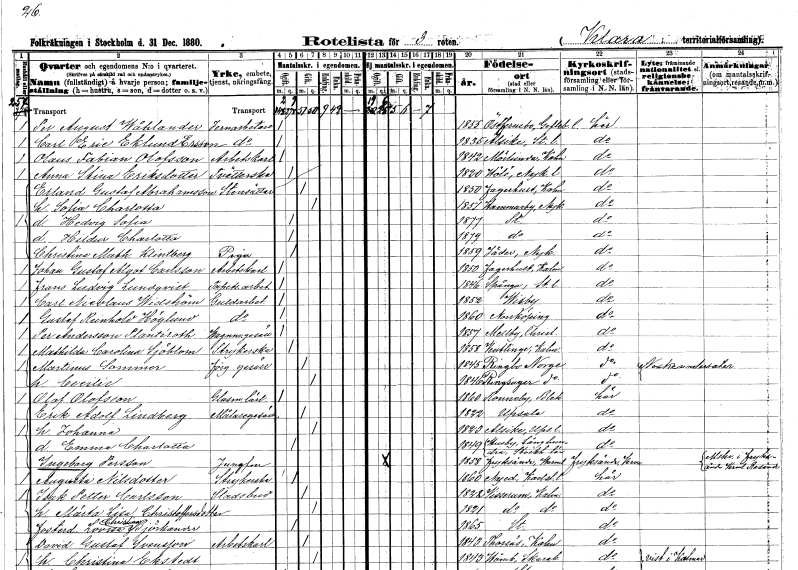
gt_parse: households: individuals: FN: Per August
EN: Wåhlander
YRKE: Järnarbetare
KON: M
CIV: O
FODAR: 1855
FODFORS: Österfärnebo Gävleborgs län
FN: Carl Eric
EN: Eklund Ersson
YRKE: Järnarbetare
KON: M
CIV: O
FODAR: 1835
FODFORS: Alsike Uppsala län
FN: Olaus Fabian
EN: Olofsson
YRKE: Arbetskarl
KON: M
CIV: O
FODAR: 1842
FODFORS: Mörlunda Kalmar län
FN: Anna Stina
EN: Eriksdotter
YRKE: Tvätterska
KON: K
CIV: O
FODAR: 1820
FODFORS: Hölö Stockholms län
FN: Erland Gustaf
EN: Abrahamsson
YRKE: Stensättare
KON: M
CIV: G
FODAR: 1850
FODFORS: Fagerhult Kalmar län
FN: Sofia Charlotta
KON: K
CIV: G
FODAR: 1851
FODFORS: Hammarby Södermanlands län
FN: Hedvig Sofia
KON: K
CIV: O
FODAR: 1877
FODFORS: Stockholm
FN: Hildur Charlotta
KON: K
CIV: O
FODAR: 1879
FODFORS: Stockholm
FN: Christina Mathilda
EN: Klintberg
YRKE: Piga
KON: K
CIV: O
FODAR: 1859
FODFORS: Jäder Södermanlands län
FN: Johan Gustaf Algot
EN: Carlsson
YRKE: Arbetskarl
KON: M
CIV: O
FODAR: 1850
FODFORS: Fagerhult Kalmar län
FN: Frans Ludvig
EN: Lundqvist
YRKE: Tapetseriarbetare
KON: M
CIV: O
FODAR: 1846
FODFORS: Spånga Stockholms län
FN: Carl Nicolaus
EN: Widström
YRKE: Guldarbetare
KON: M
CIV: O
FODAR: 1852
FODFORS: Visby Gotlands län
FN: Gustaf Reinhold
EN: Höglund
YRKE: Guldarbetare
KON: M
CIV: O
FODAR: 1860
FODFORS: Norrköping Östergötlands län
FN: Per
EN: Andersson Plantéroth
YRKE: Vagnmakaregesäll
KON: M
CIV: O
FODAR: 1857
FODFORS: Mellby Kristianstads län
FN: Mathilda Carolina
EN: Sjöblom
YRKE: Strykerska
KON: K
CIV: O
FODAR: 1858
FODFORS: Ventlinge Kalmar län
FN: Martinus
EN: Sommer
YRKE: Förgyllaregesäll
KON: M
CIV: G
FODAR: 1845
FN: Cecilie
KON: K
CIV: G
FODAR: 1846
FN: Olof
EN: Olofsson
YRKE: Glasmästarelärling
KON: M
CIV: O
FODAR: 1860
FODFORS: Ronneby Blekinge län
FN: Erik Adolf
EN: Lindberg
YRKE: Målaregesäll
KON: M
CIV: G
FODAR: 1822
FODFORS: Uppsala Uppsala län
FN: Johanna
KON: K
CIV: G
FODAR: 1823
FODFORS: Alsike Uppsala län
FN: Emma Charlotta
KON: K
CIV: O
FODAR: 1849
FODFORS: Husby-Långhundra Uppsala län
FN: Ingeborg
EN: Persson
YRKE: Jungfru
KON: K
CIV: O
FODAR: 1858
FODFORS: Fryksände Värmlands län
FN: Augusta
EN: Nilsdotter
YRKE: Strykerska
KON: K
CIV: O
FODAR: 1860
FODFORS: Nyed Värmlands län
FN: Isak Petter
EN: Carlsson
YRKE: Stadsbud
KON: M
CIV: G
FODAR: 1822
FODFORS: Virserum Kalmar län
FN: Märta Lisa
EN: Christoffersdotter
KON: K
CIV: G
FODAR: 1821
FODFORS: Virserum Kalmar län
FN: Lovisa Christina
EN: Björkander
KON: K
CIV: O
FODAR: 1865
FODFORS: Stockholm
FN: David Gustaf
EN: Svensson
YRKE: Arbetskarl
KON: M
CIV: G
FODAR: 1843
FODFORS: Torsås Kalmar län
FN: Christina
EN: Ekstedt
KON: K
CIV: G
FODAR: 1843
FODFORS: Våmb Skaraborgs län